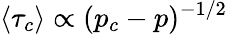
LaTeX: \left\langle\tau_{c}\right\rangle\propto(p_{c}-p)^{-1/2}